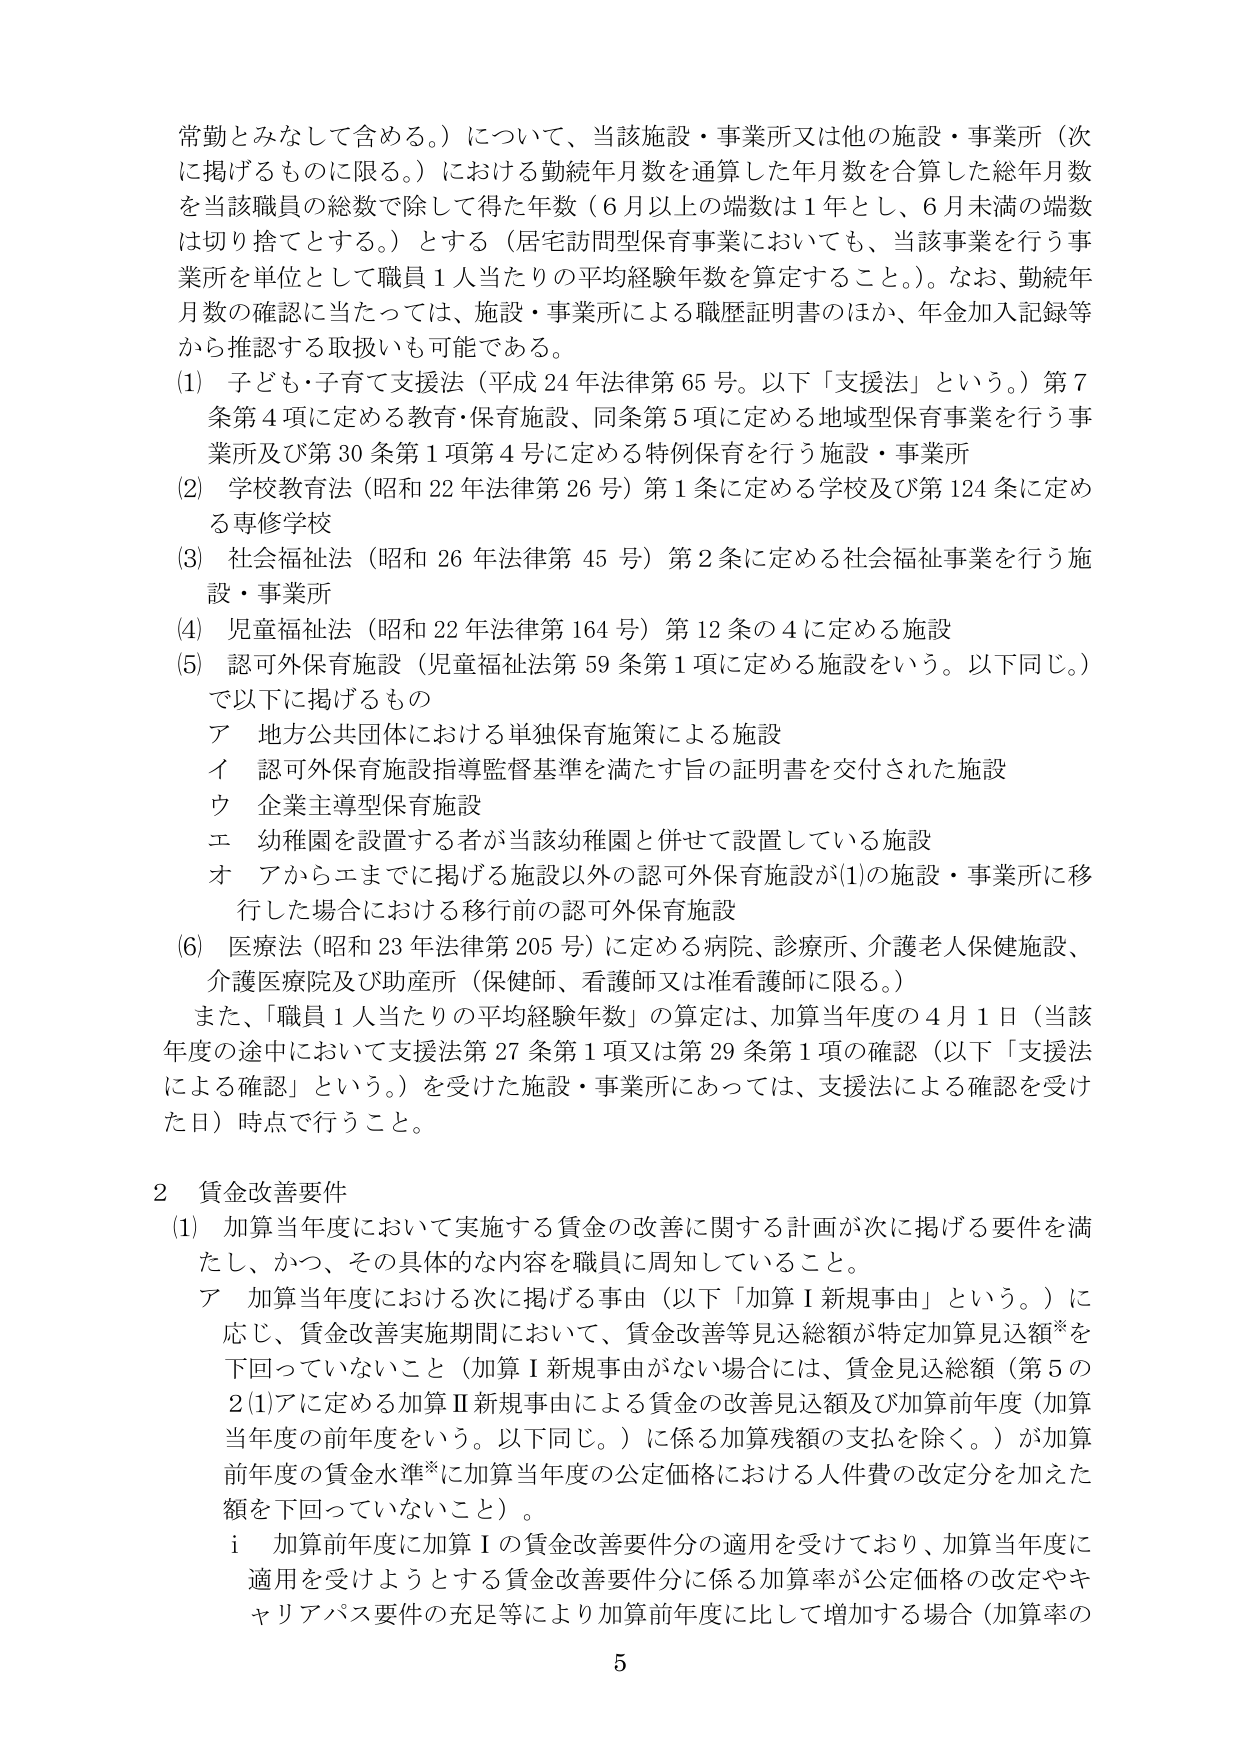
常勤とみなして含める。）について、当該施設・事業所又は他の施設・事業所（次に掲げるるものに限る。）における勤続年月数を通算した年月数を合算した総年月数を当該職員の総数で除して得た年数（6月以上の端数は1年とし、6月未満の端数は切り捨てとする。）とする（居宅訪問型保育事業においても、当該事業を行う事業所を単位として職員1人当たりの平均経験年数を算定すること。）。なお、勤続年月数の確認に当たっては、施設・事業所による職歴証明書のほか、年金加入記録等から推認する取扱いも可能である。

(1) 子ども・子育て支援法（平成24年法律第65号。以下「支援法」という。）第7条第4項に定める教育・保育施設、同条第5項に定める地域型保育事業を行う事業所及び第30条第1項第4号に定める特例保育を行う施設・事業所

(2) 学校教育法（昭和22年法律第26号）第1条に定める学校及び第124条に定める専修学校

(3) 社会福祉法（昭和26年法律第45号）第2条に定める社会福祉事業を行う施設・事業所

(4) 児童福祉法（昭和22年法律第164号）第12条の4に定める施設

(5) 認可外保育施設（児童福祉法第59条第1項に定める施設をいう。以下同じ。）で以下に掲げるものの

ア 地方公共団体における単独保育施策による施設

イ 認可外保育施設指導監督基準を満たす旨の証明書を交付された施設

ウ 企業主導型保育施設

エ 幼稚園を設置する者が当該幼稚園と併せて設置している施設

オ アからエまでに掲げる施設以外の認可外保育施設が(1)の施設・事業所に移行した場合における移行前の認可外保育施設

(6) 医療法（昭和23年法律第205号）に定める病院、診療所、介護老人保健施設、介護医療院及び助産所（保健師、看護師又は准看護師に限る。）

また、「職員1人当たりの平均経験年数」の算定は、加算当年度の4月1日（当該年度の途中において支援法第27条第1項又は第29条第1項の確認（以下「支援法による確認」という。）を受けた施設・事業所にあっては、支援法による確認を受けた日）時点で行うこと。

2 賃金改善要件

(1) 加算当年度において実施する賃金の改善に関する計画が次に掲げる要件を満たし、かつ、その具体的な内容を職員に周知していること。

ア 加算当年度における次に掲げる事由（以下「加算Ⅰ新規事由」という。）に応じ、賃金改善実施期間において、賃金改善等見込総額が特定加算見込額*を下回っていないこと（加算Ⅰ新規事由がない場合には、賃金見込総額（第5の2(1)アに定める加算Ⅱ新規事由による賃金の改善見込額及び加算前年度（加算当年度の前年度をいう。以下同じ。）に係る加算残額の支払を除く。）が加算前年度の賃金水準*に加算当年度の公定価格における人件費の改定分を加えた額を下回っていないこと）。

i 加算前年度に加算Ⅰの賃金改善要件分の適用を受けており、加算当年度に適用を受けようとする賃金改善要件分に係る加算率が公定価格の改定やキャリアパス要件の充足等により加算前年度に比して増加する場合（加算率の

5